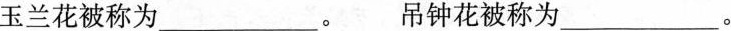
玉兰花被称为___。 吊钟花被称为___。